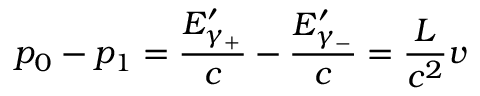
p _ { 0 } - p _ { 1 } = \frac { E _ { \gamma _ { + } } ^ { \prime } } c - \frac { E _ { \gamma _ { - } } ^ { \prime } } c = \frac { L } { c ^ { 2 } } v